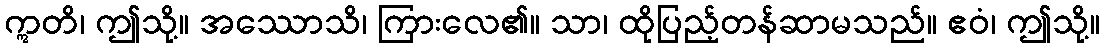
ဣတိ၊ ဤသို့။ အဿောသိ၊ ကြားလေ၏။ သာ၊ ထိုပြည့်တန်ဆာမသည်။ ဧဝံ၊ ဤသို့။